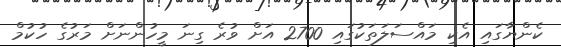
ކެންޔާގައި އެކި މައްސަލަތަކުގައި 2700 އަށް ވުރެ ގިނަ މީހުންނަށް މަރުގެ ހުކުމް